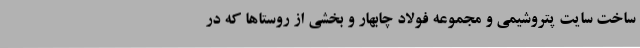
ساخت سایت پتروشیمی و مجموعه فولاد چابهار و بخشی از روستاها که در